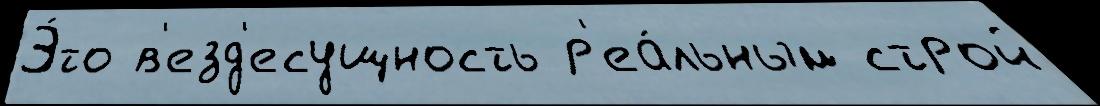
Э́то в'езд'есущность р'еа́льным строй